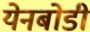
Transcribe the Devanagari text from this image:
येनबोडी